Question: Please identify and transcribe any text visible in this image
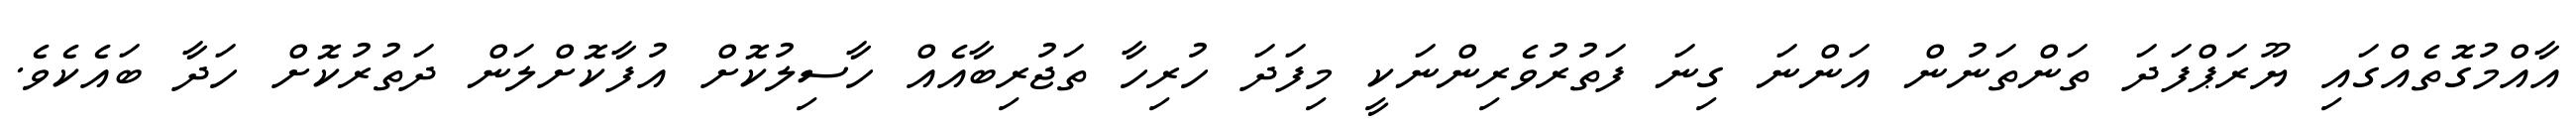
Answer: އާއްމުގޮތެއްގައި ޔޫރަޕްފަދަ ތަންތަނުން އަންނަ ގިނަ ފަތުރުވެރިންނަކީ މިފަދަ ހުރިހާ ތަޖުރިބާއެއް ހާސިލުކޮށް އުފާކޮށްލަން ދަތުރުކޮށް ހަދާ ބައެކެވެ.